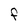
Character: F